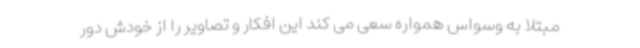
مبتلا به وسواس همواره سعی می کند این افکار و تصاویر را از خودش دور